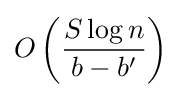
O\left({\frac {S\log n}{b-b'}}\right)